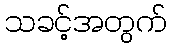
သခင့်အတွက်